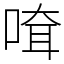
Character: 𠸊